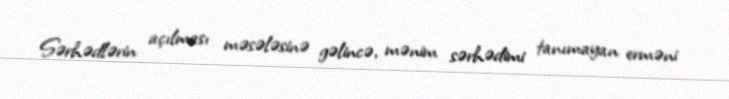
Sərhədlərin açılması məsələsinə gəlincə, mənim sərhədimi tanımayan erməni